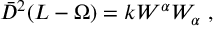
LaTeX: \bar { D } ^ { 2 } ( L - \Omega ) = k W ^ { \alpha } W _ { \alpha } \ ,